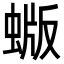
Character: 蝂